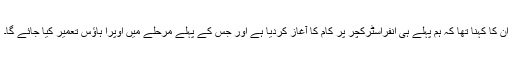
ان کا کہنا تھا کہ ہم پہلے ہی انفراسٹرکچر پر کام کا آغاز کردیا ہے اور جس کے پہلے مرحلے میں اوپرا ہاؤس تعمیر کیا جائے گا۔